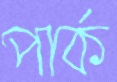
পার্ক